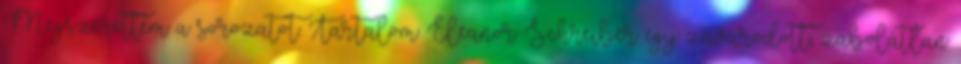
Megszerettem a sorozatot. Tartalom: Eleanor Schreiber egy zavarodott, zabolátlan